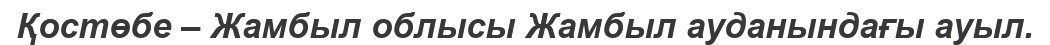
Қостөбе – Жамбыл облысы Жамбыл ауданындағы ауыл.